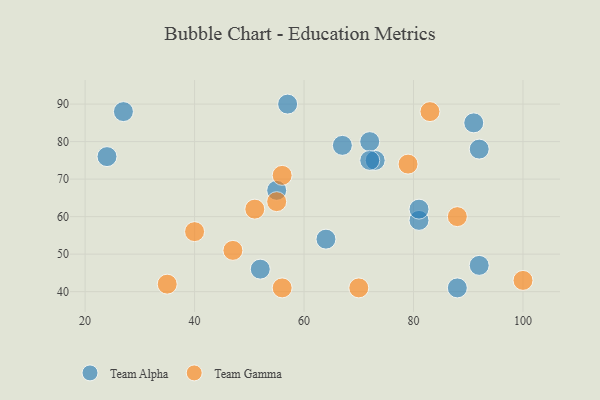
{"axis": {"x": "GDP", "y": "Life Expectancy"}, "legend": ["Team Alpha", "Team Gamma"], "data": [{"x": "88", "y": 41, "type": "Team Alpha"}, {"x": "57", "y": 90, "type": "Team Alpha"}, {"x": "81", "y": 59, "type": "Team Alpha"}, {"x": "73", "y": 75, "type": "Team Alpha"}, {"x": "92", "y": 47, "type": "Team Alpha"}, {"x": "55", "y": 67, "type": "Team Alpha"}, {"x": "72", "y": 80, "type": "Team Alpha"}, {"x": "27", "y": 88, "type": "Team Alpha"}, {"x": "72", "y": 75, "type": "Team Alpha"}, {"x": "67", "y": 79, "type": "Team Alpha"}, {"x": "91", "y": 85, "type": "Team Alpha"}, {"x": "52", "y": 46, "type": "Team Alpha"}, {"x": "64", "y": 54, "type": "Team Alpha"}, {"x": "81", "y": 62, "type": "Team Alpha"}, {"x": "24", "y": 76, "type": "Team Alpha"}, {"x": "92", "y": 78, "type": "Team Alpha"}, {"x": "100", "y": 43, "type": "Team Gamma"}, {"x": "51", "y": 62, "type": "Team Gamma"}, {"x": "88", "y": 60, "type": "Team Gamma"}, {"x": "56", "y": 41, "type": "Team Gamma"}, {"x": "35", "y": 42, "type": "Team Gamma"}, {"x": "40", "y": 56, "type": "Team Gamma"}, {"x": "56", "y": 71, "type": "Team Gamma"}, {"x": "83", "y": 88, "type": "Team Gamma"}, {"x": "70", "y": 41, "type": "Team Gamma"}, {"x": "47", "y": 51, "type": "Team Gamma"}, {"x": "55", "y": 64, "type": "Team Gamma"}, {"x": "79", "y": 74, "type": "Team Gamma"}]}